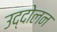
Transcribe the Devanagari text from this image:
उद्दोलन